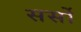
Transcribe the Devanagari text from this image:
सर्सो